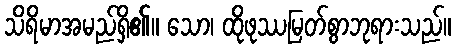
သိရိမာအမည်ရှိ၏။ သော၊ ထိုဖုဿမြတ်စွာဘုရားသည်။